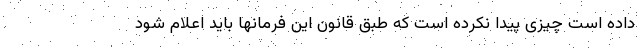
داده است چیزی پیدا نکرده است که طبق قانون این فرمانها باید اعلام شود